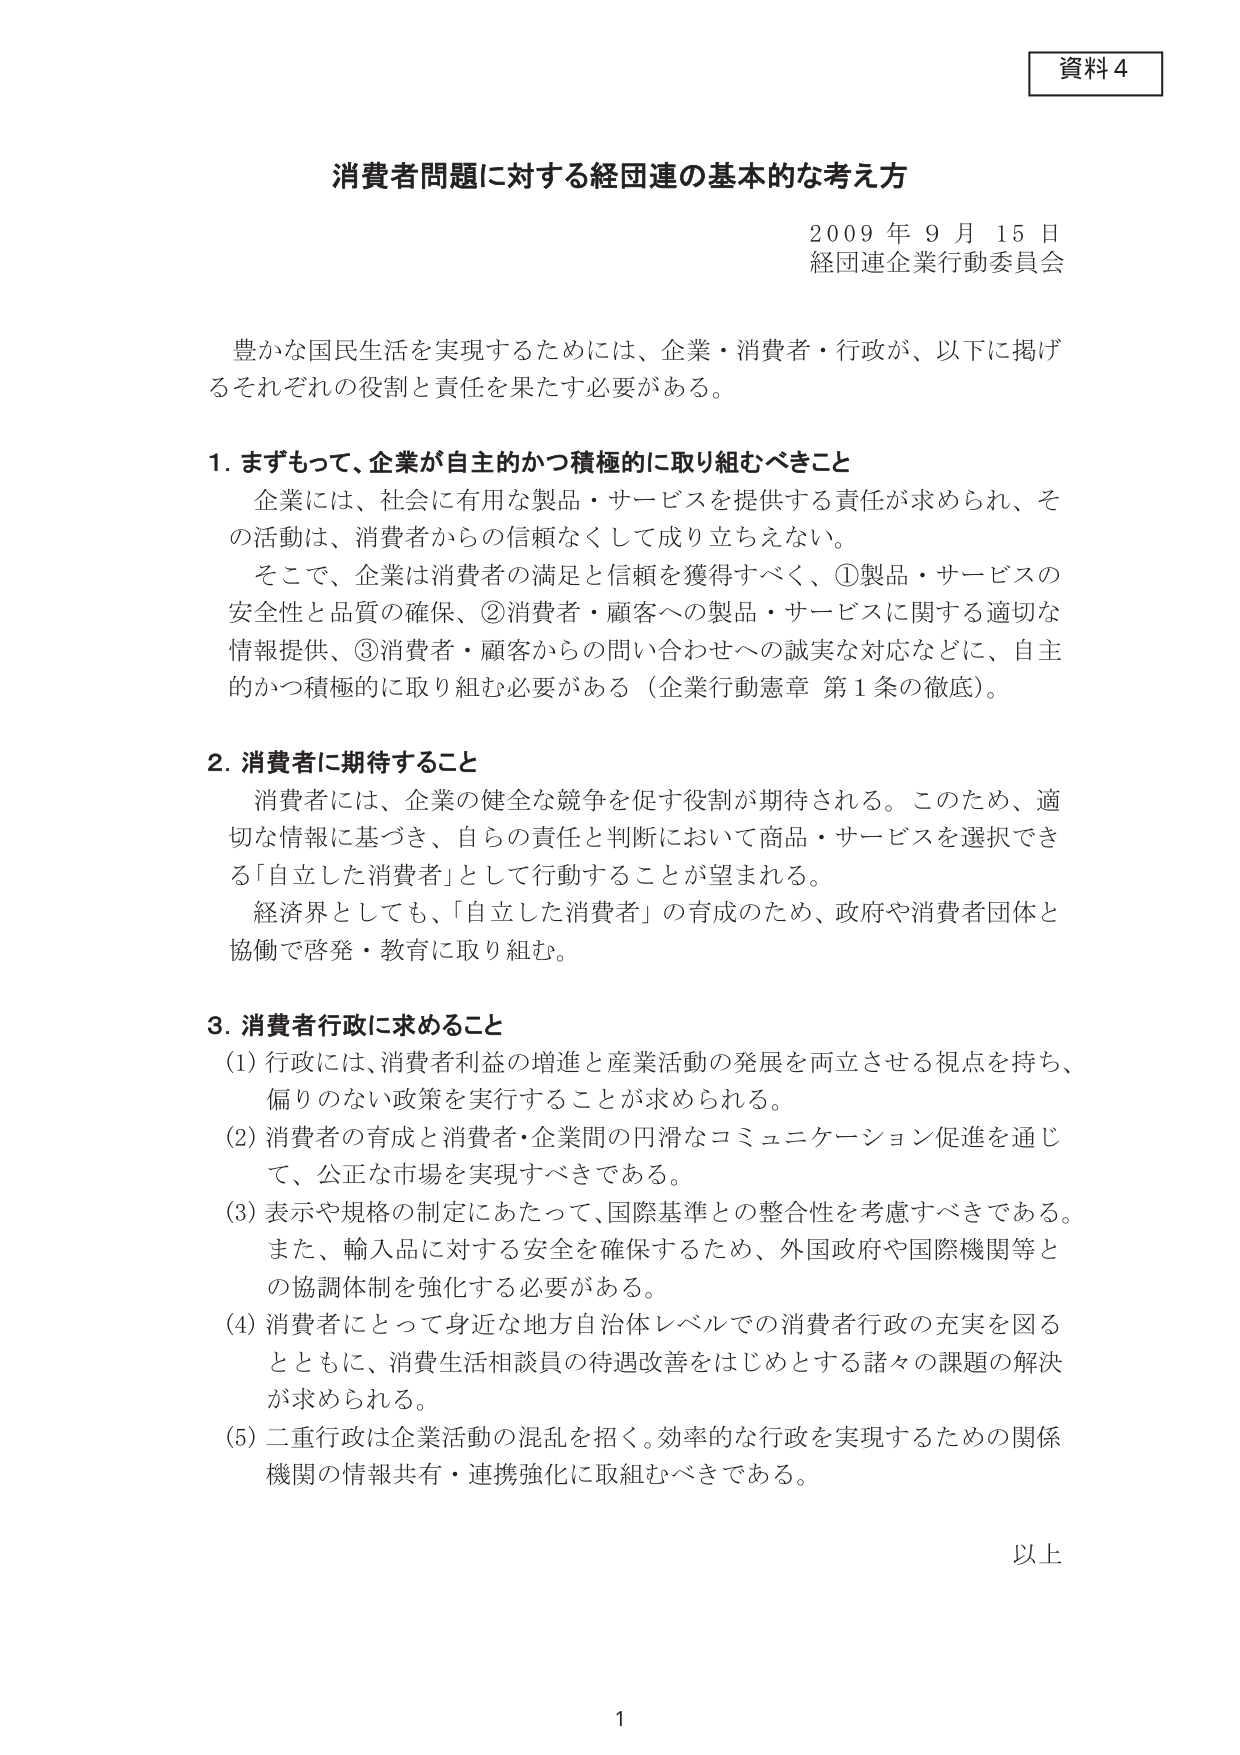
資料４

消費者問題に対する経団連の基本的な考え方

2009年9月15日
経団連企業行動委員会

豊かな国民生活を実現するためには、企業・消費者・行政が、以下に掲げるそれぞれの役割と責任を果たす必要がある。

1. まずもって、企業が自主的かつ積極的に取り組むべきこと
企業には、社会に有用な製品・サービスを提供する責任が求められ、その活動は、消費者からの信頼なくして成り立ちえない。
そこで、企業は消費者の満足と信頼を獲得すべく、①製品・サービスの安全性と品質の確保、②消費者・顧客への製品・サービスに関する適切な情報提供、③消費者・顧客からの問い合わせへの誠実な対応などに、自主的かつ積極的に取り組む必要がある（企業行動憲章 第1条の徹底）。

2. 消費者に期待すること
消費者には、企業の健全な競争を促す役割が期待される。このため、適切な情報に基づき、自らの責任と判断において商品・サービスを選択できる「自立した消費者」として行動することが望まれる。
経済界としても、「自立した消費者」の育成のため、政府や消費者団体と協働で啓発・教育に取り組む。

3. 消費者行政に求めること
(1) 行政には、消費者利益の増進と産業活動の発展を両立させる視点を持ち、偏りのない政策を実行することが求められる。
(2) 消費者の育成と消費者・企業間の円滑なコミュニケーション促進を通じて、公正な市場を実現すべきである。
(3) 表示や規格の制定にあたって、国際基準との整合性を考慮すべきである。また、輸入品に対する安全を確保するため、外国政府や国際機関等との協調体制を強化する必要がある。
(4) 消費者にとって身近な地方自治体レベルでの消費者行政の充実を図るとともに、消費生活相談員の待遇改善をはじめとする諸々の課題の解決が求められる。
(5) 二重行政は企業活動の混乱を招く。効率的な行政を実現するための関係機関の情報共有・連携強化に取組むべきである。

以上

1